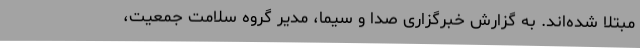
مبتلا شده‌اند. به گزارش خبرگزاری صدا و سیما، مدیر گروه سلامت جمعیت،